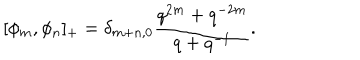
[ \phi _ { m } , \phi _ { n } ] _ { + } = \delta _ { m + n , 0 } { \frac { q ^ { 2 m } + q ^ { - 2 m } } { q + q ^ { - 1 } } } .